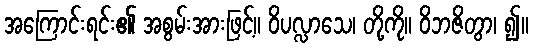
အကြောင်းရင်း၏ အစွမ်းအားဖြင့်။ ဝိပလ္လာသေ၊ တို့ကို။ ဝိဘဇိတွာ၊ ၍။